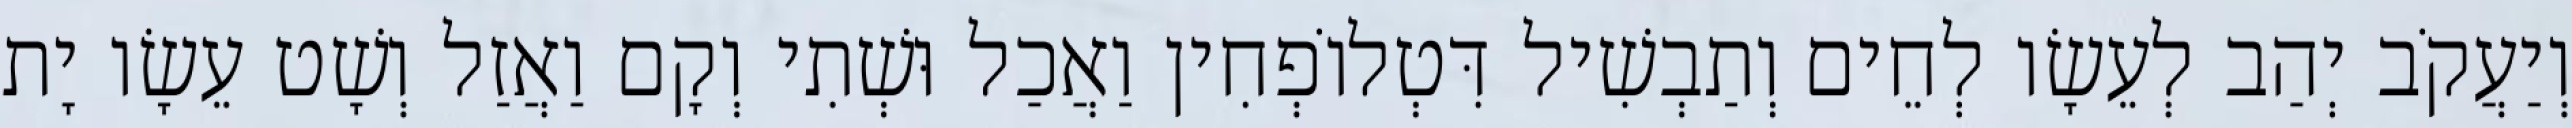
וְיַעֲקֹב יְהַב לְעֵשָׂו לְחֵים וְתַבְשִׁיל דִּטְלוֹפְחִין וַאֲכַל וּשְׁתִי וְקָם וַאֲזַל וְשָׁט עֵשָׂו יָת